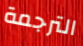
الترجمة